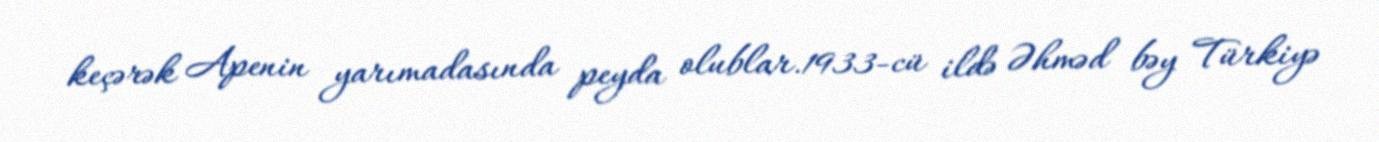
keçərək Apenin yarımadasında peyda olublar.1933-cü ildə Əhməd bəy Türkiyə